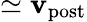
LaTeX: \simeq\mathbf{v}_{\mathrm{{post}}}